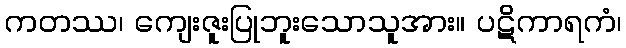
ကတဿ၊ ကျေးဇူးပြုဘူးသောသူအား။ ပဋိကာရကံ၊